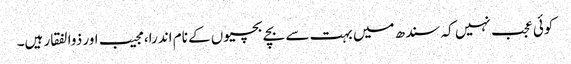
کوئی عجب نہیں کہ سندھ میں بہت سے بچے بچیوں کے نام اندرا، مجیب اور ذوالفقار ہیں۔